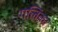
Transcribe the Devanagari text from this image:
गलिंका